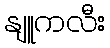
နျူကလီး